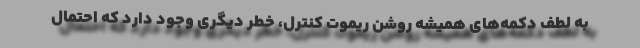
به لطف دکمه‌های همیشه روشن ریموت کنترل، خطر دیگری وجود دارد که احتمال